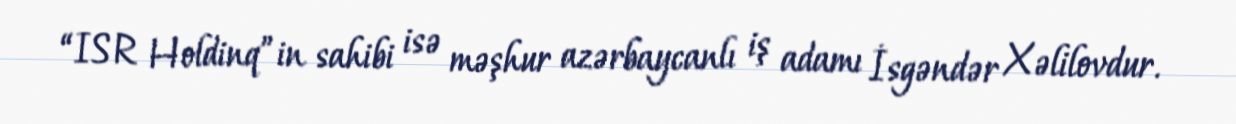
“ISR Holdinq”in sahibi isə məşhur azərbaycanlı iş adamı İsgəndər Xəlilovdur.